Report of the Municipal Commissioner on the plague in Bombay for the year ending 31st May... - Volume 3
Disease focus: Plague
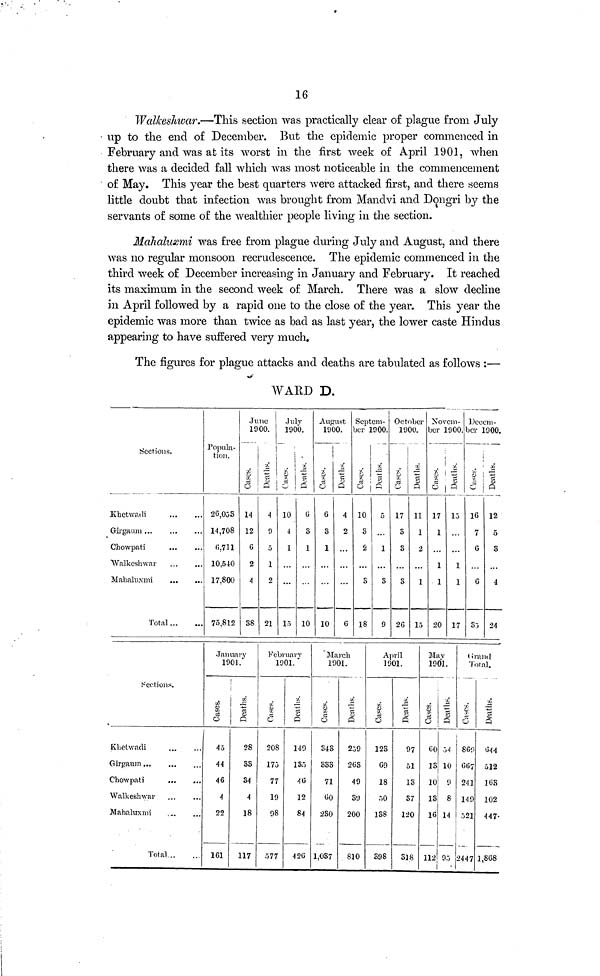
16
Walkeshwar.—This section was practically clear of plague from July
up to the end of December. But the epidemic proper commenced in
February and was at its worst in the first week of April 1901, when
there was a decided fall which was most noticeable in the commencement
of May. This year the best quarters were attacked first, and there seems
little doubt that infection was brought from Mandvi and Dongri by the
servants of some of the wealthier people living in the section.
Mahaluxmi was free from plague during July and August, and there
was no regular monsoon recrudescence. The epidemic commenced in the
third week of December increasing in January and February. It reached
its maximum in the second week of March. There was a slow decline
in April followed by a rapid one to the close of the year. This year the
epidemic was more than twice as bad as last year, the lower caste Hindus
appearing to have suffered very much.
The figures for plague attacks and deaths are tabulated as follows :—
WARD D.
Sections.
Khetwadi
Girgaum ...
Chowpati
Walkeshwar
Mahaluxmi
Total
Popula-
tion.
20,053
14,708
6,711
10,540
17.800
75.812
June
1900.
Cases.
14
12
6
2
4
38
Deaths.
4
9
5
1
2
21
July
1900.
|
Cases.
10
4
1
15
Deaths.
o
3
1
10
August
1900.
!
Cases.
6
3
1
10
Deaths.
4
2
6
Septem-
ber 1900.
Cases.
10
S
2
3
18
Deaths.
5
1
3
9
October
1900.
Cases.
17
S
3
3
26
Deaths.
11
1
2
1
15
Novem-
ber 1900.
Cases.
17
1
1
1
20
Deaths.
15
1
1
17
Decem-
ber 1900.
Cases.
16
7
6
6
35
Deaths.
12
5
3
4
24
Sections.
Khetwadi
Girgaum
Chowpati
Walkeshwar
Mahaluxmi
Total
January
1901.
Cases.
45
44
46
4
22
161
Deaths.
28
33
34
4
18
117
February
1901.
Cases.
208
175
77
19
98
577
Deaths.
149
135
46
12
84
426
' March
1901.
Cases.
343
333
71
60
230
1,037
Deaths.
259
263
49
39
200
810
April
1901.
Cases.
123
69
18
50
138
398
Deaths.
97
51
13
37
120
318
May
1901.
Cases.
60
13
10
13
16
112
Deaths.
54
10
9
8
95
Grand
Total.
Cases.
869
667
241
149
521
2447
Deaths.
644
512
163
102
447
1,868